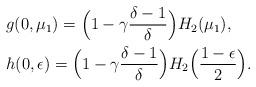
LaTeX: \begin{align*} &g(0,\mu_1) = \Bigl( 1- \gamma\frac{\delta-1}{\delta} \Bigr) H_2 (\mu_1), \\ &h(0,\epsilon) = \Bigl(1-\gamma\frac{\delta-1}{\delta} \Bigr) H_2 \Bigl(\frac{1-\epsilon}{2}\Bigr). \end{align*}